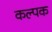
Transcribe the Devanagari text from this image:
कल्‍पक